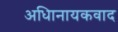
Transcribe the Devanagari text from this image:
अधिानायकवाद